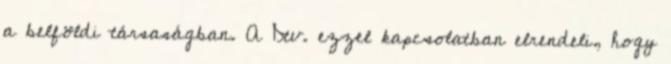
a belföldi társaságban. A Dtv. ezzel kapcsolatban elrendeli, hogy